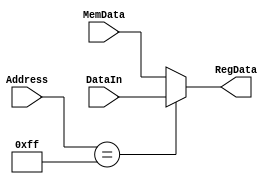
module ParallelIn(
input [7:0] Address,	/// endereo da memri
				DataIn,	/// interface de entrada
				MemData,	/// interface da memria
output[7:0] RegData	/// sada p/ RF 
);

assign RegData = Address == 8'hFF ? DataIn : MemData;

endmodule